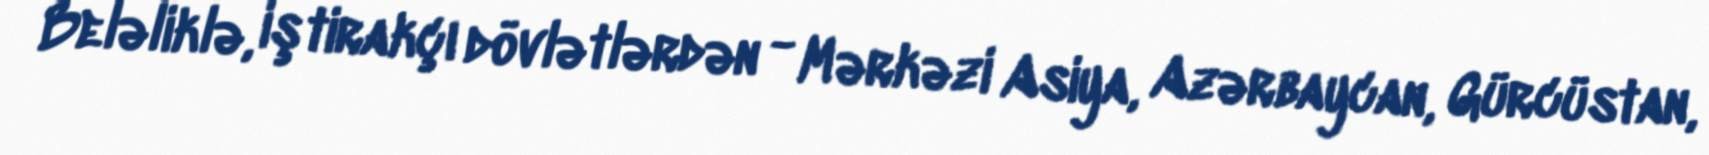
Beləliklə, iştirakçı dövlətlərdən - Mərkəzi Asiya, Azərbaycan, Gürcüstan,